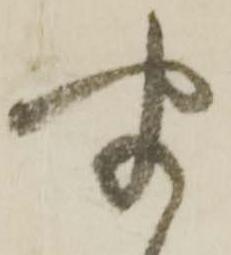
聞